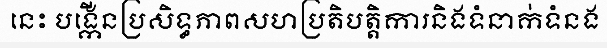
នេះ បង្កើនប្រសិទ្ធភាពសហប្រតិបត្តិការនិងទំនាក់ទំនង